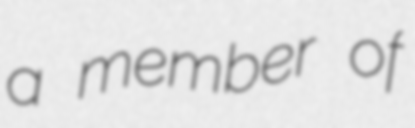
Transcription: a member of